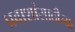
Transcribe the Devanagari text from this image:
प्रवाशांसाठीच्या